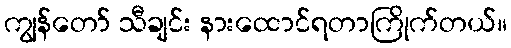
ကျွန်တော် သီချင်း နားထောင်ရတာကြိုက်တယ်။